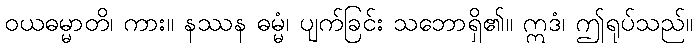
ဝယဓမ္မာတိ၊ ကား။ နဿန ဓမ္မံ၊ ပျက်ခြင်း သဘောရှိ၏။ ဣဒံ၊ ဤရုပ်သည်။